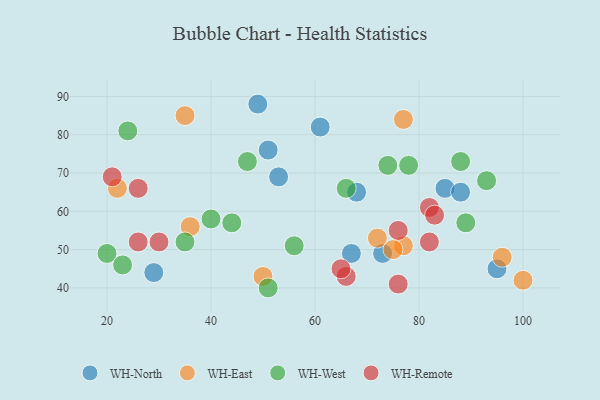
{"axis": {"x": "GDP", "y": "Life Expectancy"}, "legend": ["WH-East", "WH-North", "WH-Remote", "WH-West"], "data": [{"x": "51", "y": 76, "type": "WH-North"}, {"x": "49", "y": 88, "type": "WH-North"}, {"x": "95", "y": 45, "type": "WH-North"}, {"x": "61", "y": 82, "type": "WH-North"}, {"x": "68", "y": 65, "type": "WH-North"}, {"x": "67", "y": 49, "type": "WH-North"}, {"x": "85", "y": 66, "type": "WH-North"}, {"x": "73", "y": 49, "type": "WH-North"}, {"x": "53", "y": 69, "type": "WH-North"}, {"x": "29", "y": 44, "type": "WH-North"}, {"x": "88", "y": 65, "type": "WH-North"}, {"x": "77", "y": 51, "type": "WH-East"}, {"x": "72", "y": 53, "type": "WH-East"}, {"x": "36", "y": 56, "type": "WH-East"}, {"x": "22", "y": 66, "type": "WH-East"}, {"x": "100", "y": 42, "type": "WH-East"}, {"x": "35", "y": 85, "type": "WH-East"}, {"x": "75", "y": 50, "type": "WH-East"}, {"x": "96", "y": 48, "type": "WH-East"}, {"x": "50", "y": 43, "type": "WH-East"}, {"x": "77", "y": 84, "type": "WH-East"}, {"x": "35", "y": 52, "type": "WH-West"}, {"x": "47", "y": 73, "type": "WH-West"}, {"x": "20", "y": 49, "type": "WH-West"}, {"x": "24", "y": 81, "type": "WH-West"}, {"x": "93", "y": 68, "type": "WH-West"}, {"x": "89", "y": 57, "type": "WH-West"}, {"x": "74", "y": 72, "type": "WH-West"}, {"x": "44", "y": 57, "type": "WH-West"}, {"x": "23", "y": 46, "type": "WH-West"}, {"x": "51", "y": 40, "type": "WH-West"}, {"x": "56", "y": 51, "type": "WH-West"}, {"x": "78", "y": 72, "type": "WH-West"}, {"x": "40", "y": 58, "type": "WH-West"}, {"x": "88", "y": 73, "type": "WH-West"}, {"x": "66", "y": 66, "type": "WH-West"}, {"x": "26", "y": 52, "type": "WH-Remote"}, {"x": "82", "y": 61, "type": "WH-Remote"}, {"x": "82", "y": 52, "type": "WH-Remote"}, {"x": "26", "y": 66, "type": "WH-Remote"}, {"x": "76", "y": 55, "type": "WH-Remote"}, {"x": "66", "y": 43, "type": "WH-Remote"}, {"x": "21", "y": 69, "type": "WH-Remote"}, {"x": "30", "y": 52, "type": "WH-Remote"}, {"x": "65", "y": 45, "type": "WH-Remote"}, {"x": "83", "y": 59, "type": "WH-Remote"}, {"x": "76", "y": 41, "type": "WH-Remote"}]}